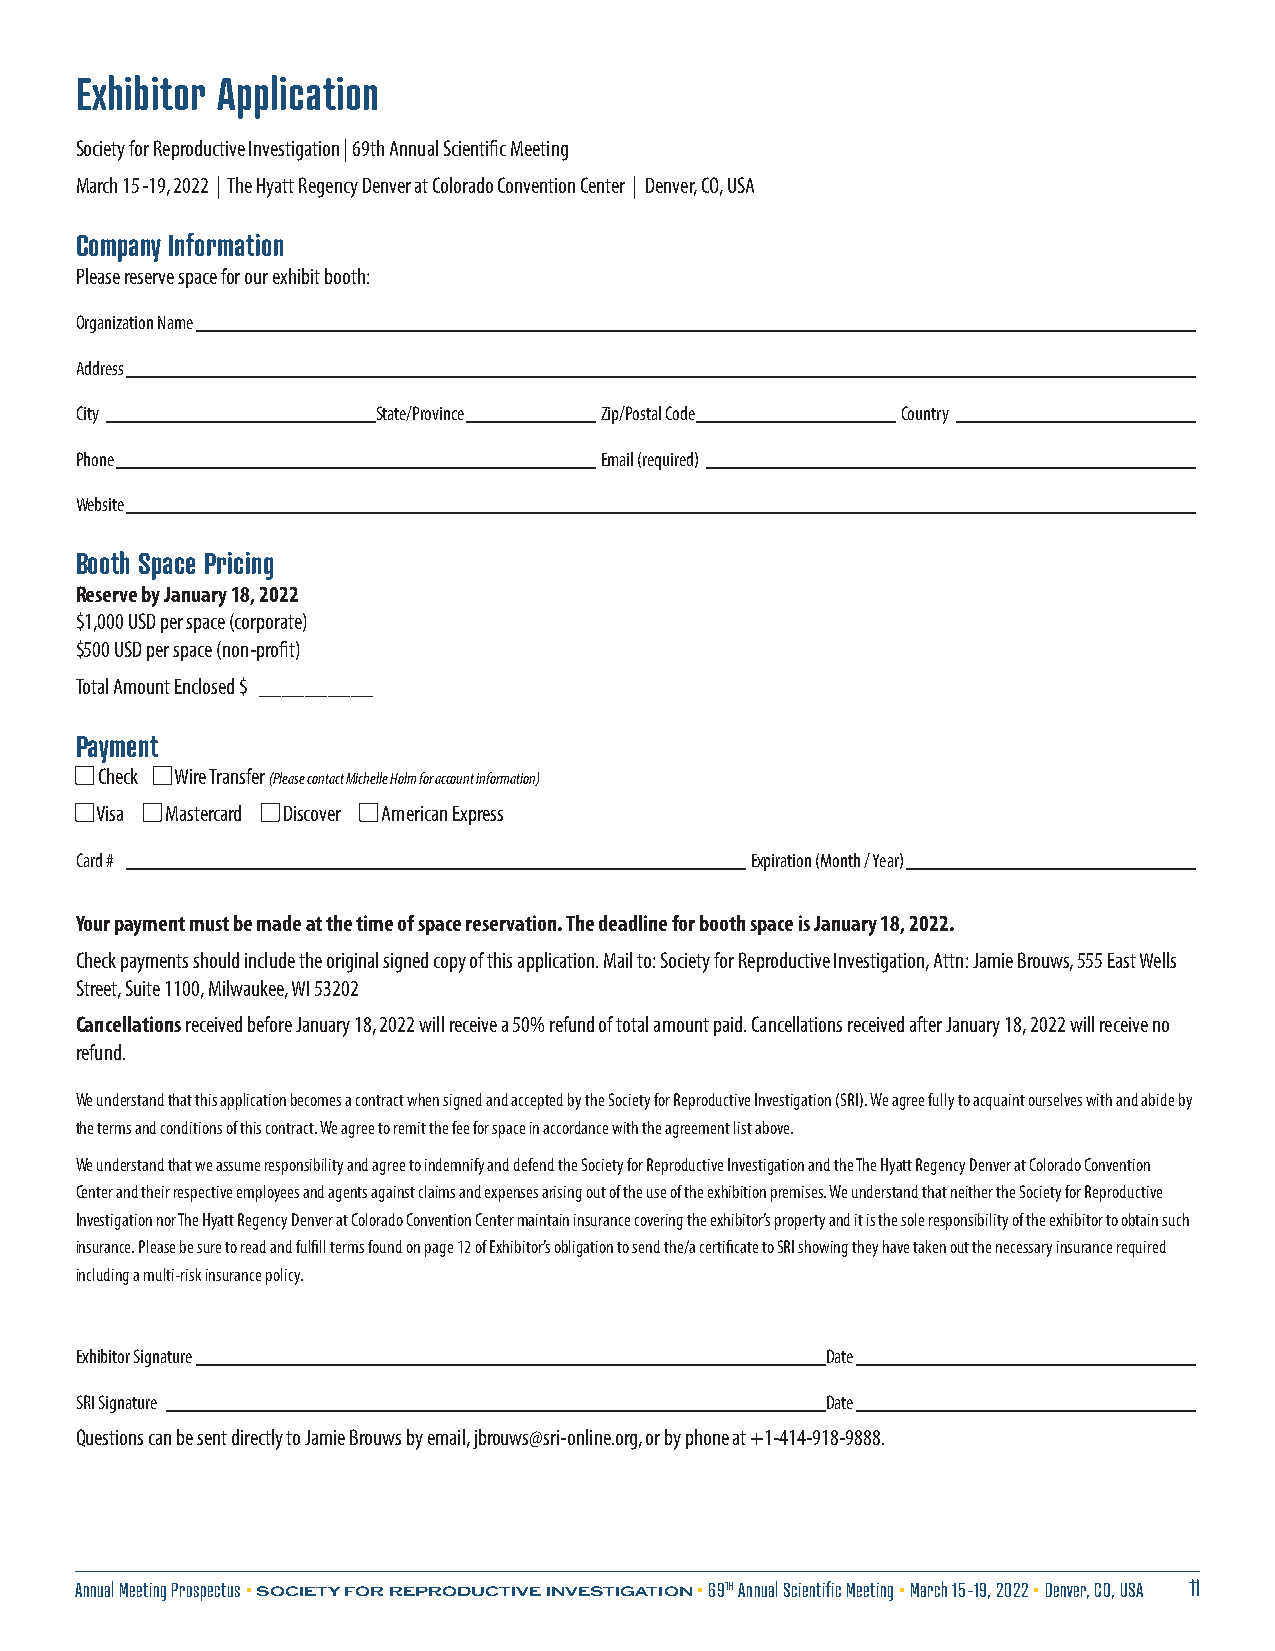
Exhibitor Application
 Society for Reproductive Investigation | 69th Annual Scientific Meeting
 March 15-19, 2022 | The Hyatt Regency Denver at Colorado Convention Center | Denver, CO, USA
 Company Information
 Please reserve space for our exhibit booth:
 Organization Name ____________________________________________________________________________________________________
 Address ___________________________________________________________________________________________________________
 City ___________________________State/Province _____________Zip/Postal Code ____________________Country ________________________
 Phone ________________________________________________Email (required) _________________________________________________
 Website ___________________________________________________________________________________________________________
 Booth Space Pricing
 Reserve by January 18, 2022
 $1,000 USD per space (corporate)
 $500 USD per space (non-profit)
 Total Amount Enclosed $ __________
 Payment
 Check Wire Transfer (Please contact Michelle Holm for account information)
 Visa Mastercard Discover American Express
 Card # ______________________________________________________________Expiration (Month / Year) _____________________________
 Your payment must be made at the time of space reservation. The deadline for booth space is January 18, 2022.
 Check payments should include the original signed copy of this application. Mail to: Society for Reproductive Investigation, Attn: Jamie Brouws, 555 East Wells
 Street, Suite 1100, Milwaukee, WI 53202
 Cancellations received before January 18, 2022 will receive a 50% refund of total amount paid. Cancellations received after January 18, 2022 will receive no
 refund.
 We understand that this application becomes a contract when signed and accepted by the Society for Reproductive Investigation (SRI). We agree fully to acquaint ourselves with and abide by
 the terms and conditions of this contract. We agree to remit the fee for space in accordance with the agreement list above.
 We understand that we assume responsibility and agree to indemnify and defend the Society for Reproductive Investigation and the The Hyatt Regency Denver at Colorado Convention
 Center and their respective employees and agents against claims and expenses arising out of the use of the exhibition premises. We understand that neither the Society for Reproductive
 Investigation nor The Hyatt Regency Denver at Colorado Convention Center maintain insurance covering the exhibitor’s property and it is the sole responsibility of the exhibitor to obtain such
 insurance. Please be sure to read and fulfill terms found on page 12 of Exhibitor’s obligation to send the/a certificate to SRI showing they have taken out the necessary insurance required
 including a multi-risk insurance policy.
 Exhibitor Signature _______________________________________________________________Date __________________________________
 SRI Signature __________________________________________________________________Date __________________________________
 Questions can be sent directly to Jamie Brouws by email, jbrouws@sri-online.org, or by phone at +1-414-918-9888.
 Annual Meeting Prospectus • SOCIETY FOR REPRODUCTIVE INVESTIGATION • 69TH Annual Scientific Meeting • March 15-19, 2022 • Denver, CO, USA 11